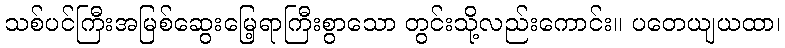
သစ်ပင်ကြီးအမြစ်ဆွေးမြေ့ရာကြီးစွာသော တွင်းသို့လည်းကောင်း။ ပတေယျယထာ၊